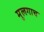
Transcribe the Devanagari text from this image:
मुलगाच